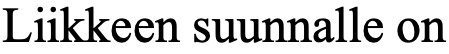
Liikkeen suunnalle on